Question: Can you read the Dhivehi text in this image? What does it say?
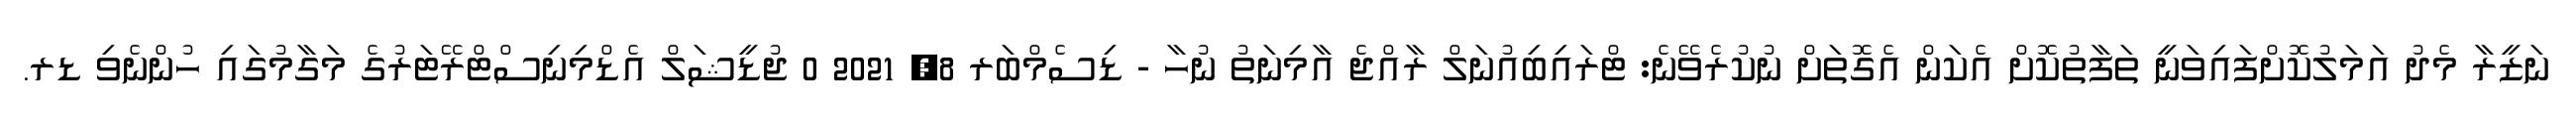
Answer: ނަޒީރާ މެދު އަމަލުކޮށްފައިވަނީ ތަފާތުކޮށް އެކަން އެގޮތަށް ނުކުރެވޭނެ: ޓްރައިބިއުނަލް ރާއްޖެ އާމިނަތު ނުހާ - ޑިސެމްބަރ 8, 2021 0 ޖުޑީޝަލް އެޑްމިނިސްޓްރޭޓަރުގެ މަގާމުގައި ހުންނެވި ޑރ.